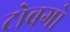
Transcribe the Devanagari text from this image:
टोबगो